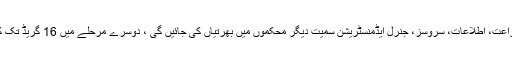
صحت، تعلیم، آبپاشی، زراعت، اطلاعات، سروسز، جنرل ایڈمنسٹریشن سمیت دیگر محکموں میں بھرتیاں کی جائیں گی ، دوسرے مرحلے میں 16 گریڈ تک کی بھرتیاں کی جائیں گی۔